Report of the Indian Hemp Drugs Commission, 1894-1895 - Volume VII
Year: 1894
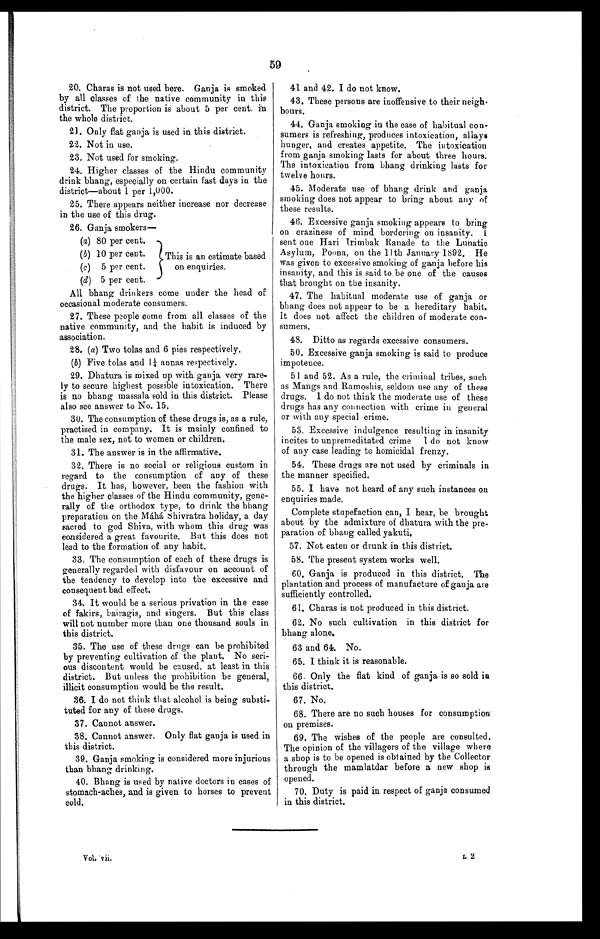
V o l . v i i .
L 2
59
20. Charas is not used here. Ganja is smoked
by all classes of the native community in this
district. The proportion is about 5 per cent. in
the whole district.
21. Only flat ganja is used in this district.
22. Not in use.
23. Not used for smoking.
24. Higher classes of the Hindu community
drink bhang, especially on certain fast days in the
district—about 1 per 1,000.
25. There appears neither increase nor decrease
in the use of this drug.
26. Ganja smokers
—
(a) 80 per cent.
(b) 10 per cent.
(c) 5 per cent.
(d) 5 per cent.
All bhang drinkers come under the head of
occasional moderate consumers.
27. These people come from all classes of the
native community, and the habit is induced by
association.
28. (a) Two tolas and 6 pies respectively.
(b) Five tolas and 1¼ annas respectively.
29. Dhatura is mixed up with ganja very rare--
ly to secure highest possible intoxication. There
is no bhang massala sold in this district. Please
also see answer to No. 15.
30. The consumption of these drugs is, as a rule,
practised in company. It is mainly confined to
the male sex, not to women or children.
31. The answer is in the affirmative.
32. There is no social or religious custom in
regard to the consumption of any of these
drugs. It has, however, been the fashion with
the higher classes of the Hindu community, gene-
rally of the orthodox type, to drink the bhang
preparation on the Máhá Shivratra holiday, a day
sacred to god Shiva, with whom this drug was
considered a great favourite. But this does not
lead to the formation of any habit.
33. The consumption of each of these drugs is
generally regarded with disfavour on account of
the tendency to develop into the excessive and
consequent bad effect.
34. It would be a serious privation in the case
of fakirs, bairagis, and singers. But this class
will not number more than one thousand souls in
this district.
35. The use of these drugs can be prohibited
by preventing cultivation of the plant. No seri--
ous discontent would be caused, at least in this
district. But unless the prohibition be general,
illicit consumption would be the result.
36. I do not think that alcohol is being substi
-tuted for any of these drugs.
37. Cannot answer.
38. Cannot answer. Only flat ganja is used in
this district.
39. Ganja smoking is considered more injurious
than bhang drinking.
40. Bhang is used by native doctors in cases of
stomach-aches, and is given to horses to prevent
cold.
41 and 42. I do not know.
43. These persons are inoffensive to their neigh.
bours.
44. Ganja smoking in the case of habitual con-
- s u m e r s i s r e f r e s h i n g , p r o d u c e s i n t o x i c a t i o n , a l l a y s
hunger, and creates appetite. The intoxication
from ganja smoking lasts for about three hours.
The intoxication from bhang drinking lasts for
twelve hours.
45. Moderate use of bhang drink and ganja
smoking does not appear to bring about any of
these results.
46. Excessive ganja smoking appears to bring
on craziness of mind bordering on insanity.
I s e n t o n e H a r i I r i m b a k R a n a d e t o t h e L u n a t i c
Asylum, Poona, on the 11th January 1892, He
was given to excessive smoking of ganja before his
insanity, and this is said to be one of the causes
that brought on the insanity.
47. The habitual moderate use of ganja or
bhang does not appear to be a hereditary habit.
It does not affect the children of moderate con--
sumers.
48. Ditto as regards excessive consumers.
50. Excessive ganja smoking is said to produce
impotence.
51 and 52. As a rule, the criminal tribes, such
as Mangs and Ramoshis, seldom use any of these
drugs. I do not think the moderate use of these
drugs has any connection with crime in general
or with any special crime.
53. Excessive indulgence resulting in insanity
incites to unpremeditated crime I do not know
of any case leading to homicidal frenzy.
54. These drugs are not used by criminals in
the manner specified.
55. I have not heard of any such instances on
enquiries made.
Complete stupefaction can, I hear, he brought
about by the admixture of dhatura with the pre--
paration of bhang called yakuti.
57. Not eaten or drunk in this district.
58. The present system works well.
60. Ganja is produced in this district. The
plantation and process of manufacture of ganja are
sufficiently controlled.
61. Charas is not produced in this district.
62. No such cultivation in this district for
bhang alone.
63 and 64. No.
65. I think it is reasonable.
66. Only the flat kind of ganja is so sold in
this district.
67. No.
68. There are no such houses for consumption
on premises.
69. The wishes of the people are consulted.
The opinion of the villagers of the village where
a shop is to be opened is obtained by the Collector
through the mamlatdar before a new shop is
opened.
70. Duty is paid in respect of ganja consumed
in this district.
This is an estimate based
on enquiries.